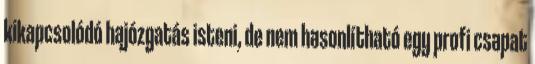
kikapcsolódó hajózgatás isteni, de nem hasonlítható egy profi csapat